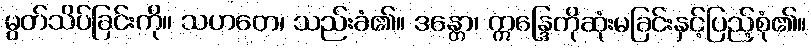
မွတ်သိပ်ခြင်းကို။ သဟတေ၊ သည်းခံ၏။ ဒန္တော၊ ဣန္ဒြေကိုဆုံးမခြင်းနှင့်ပြည့်စုံ၏။